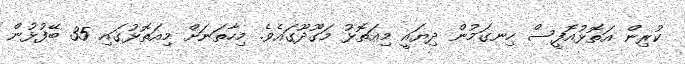
ކުރިން އަތޮޅުއޮފީސް ހިނގަމުން ދިޔައީ މިއަތޮޅު މަގޫދޫގައެވެ. މިހާތަނަށް މިއަތޮޅުގައި 35 ބޭފުޅުން